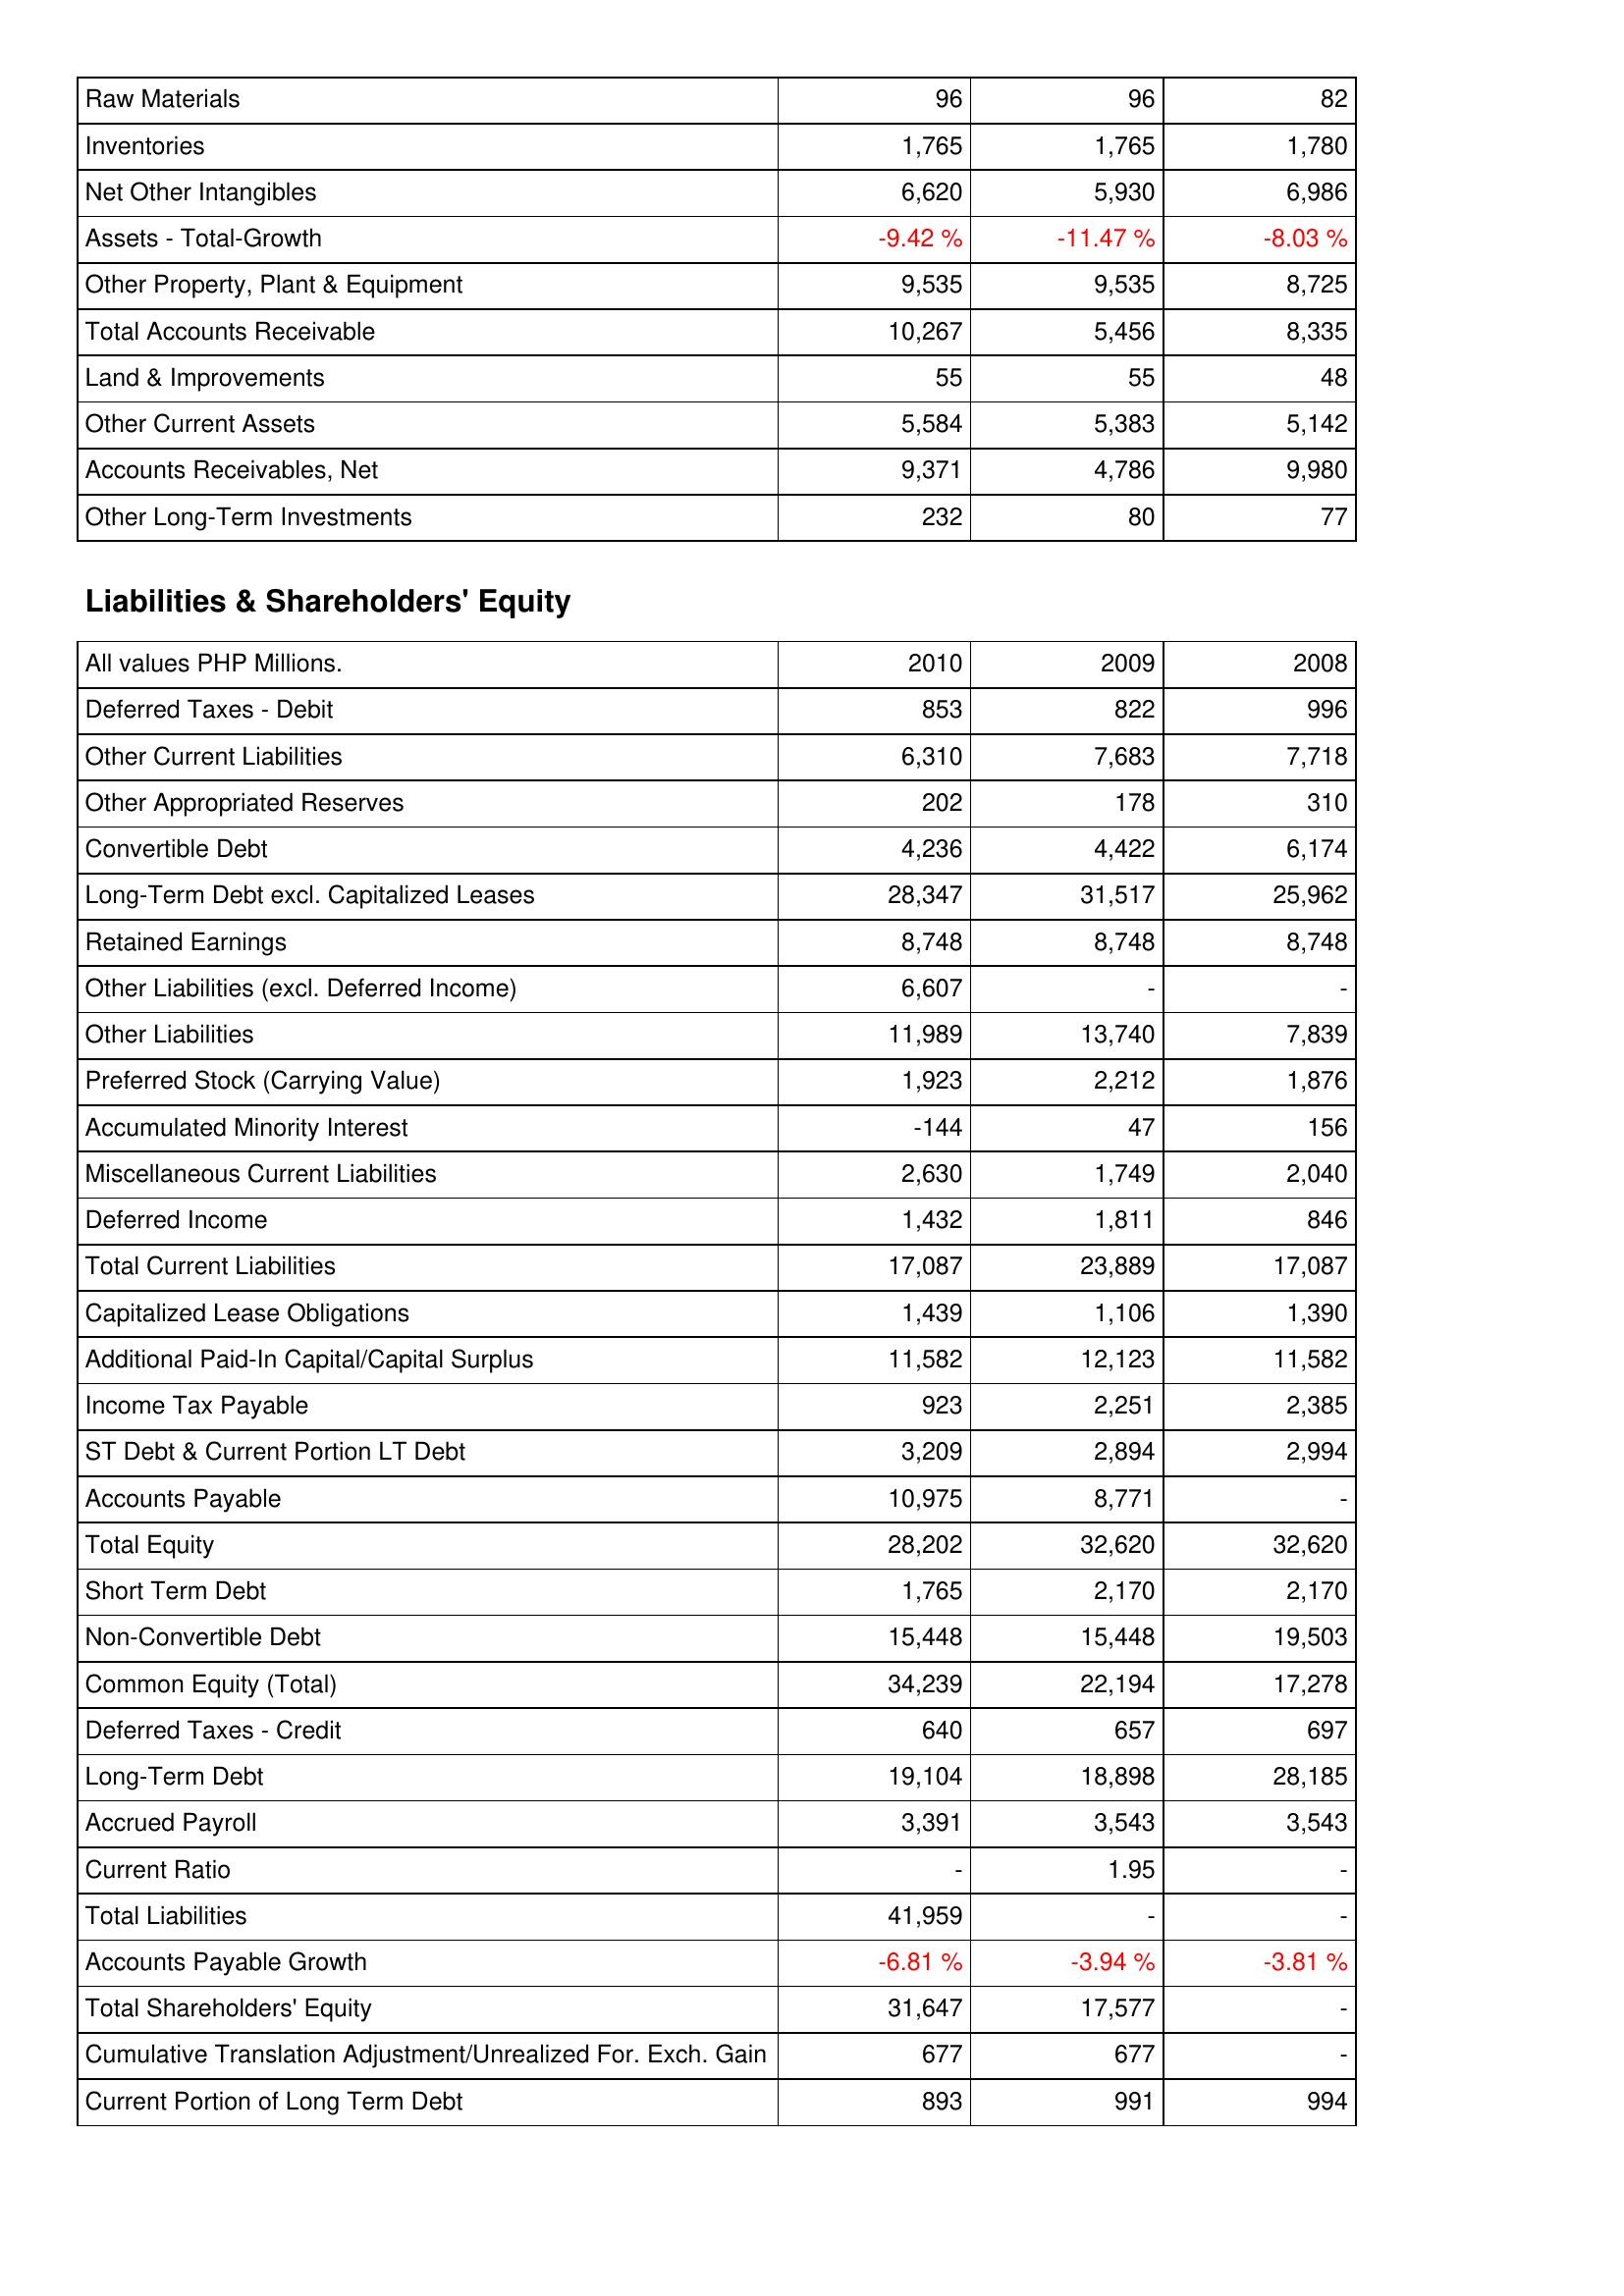
2010: Assets: Raw Materials: 96
Inventories: 1,765
Net Other Intangibles: 6,620
Assets - Total-Growth: -9.42 %
Other Property, Plant & Equipment: 9,535
Total Accounts Receivable: 10,267
Land & Improvements: 55
Other Current Assets: 5,584
Accounts Receivables, Net: 9,371
Other Long-Term Investments: 232
Liabilities & Shareholders' Equity: Deferred Taxes - Debit: 853
Other Current Liabilities: 6,310
Other Appropriated Reserves: 202
Convertible Debt: 4,236
Long-Term Debt excl. Capitalized Leases: 28,347
Retained Earnings: 8,748
Other Liabilities (excl. Deferred Income): 6,607
Other Liabilities: 11,989
Preferred Stock (Carrying Value): 1,923
Accumulated Minority Interest: -144
Miscellaneous Current Liabilities: 2,630
Deferred Income: 1,432
Total Current Liabilities: 17,087
Capitalized Lease Obligations: 1,439
Additional Paid-In Capital/Capital Surplus: 11,582
Income Tax Payable: 923
ST Debt & Current Portion LT Debt: 3,209
Accounts Payable: 10,975
Total Equity: 28,202
Short Term Debt: 1,765
Non-Convertible Debt: 15,448
Common Equity (Total): 34,239
Deferred Taxes - Credit: 640
Long-Term Debt: 19,104
Accrued Payroll: 3,391
Current Ratio: -
Total Liabilities: 41,959
Accounts Payable Growth: -6.81 %
Total Shareholders' Equity: 31,647
Cumulative Translation Adjustment/Unrealized For. Exch. Gain: 677
Current Portion of Long Term Debt: 893
2009: Assets: Raw Materials: 96
Inventories: 1,765
Net Other Intangibles: 5,930
Assets - Total-Growth: -11.47 %
Other Property, Plant & Equipment: 9,535
Total Accounts Receivable: 5,456
Land & Improvements: 55
Other Current Assets: 5,383
Accounts Receivables, Net: 4,786
Other Long-Term Investments: 80
Liabilities & Shareholders' Equity: Deferred Taxes - Debit: 822
Other Current Liabilities: 7,683
Other Appropriated Reserves: 178
Convertible Debt: 4,422
Long-Term Debt excl. Capitalized Leases: 31,517
Retained Earnings: 8,748
Other Liabilities (excl. Deferred Income): -
Other Liabilities: 13,740
Preferred Stock (Carrying Value): 2,212
Accumulated Minority Interest: 47
Miscellaneous Current Liabilities: 1,749
Deferred Income: 1,811
Total Current Liabilities: 23,889
Capitalized Lease Obligations: 1,106
Additional Paid-In Capital/Capital Surplus: 12,123
Income Tax Payable: 2,251
ST Debt & Current Portion LT Debt: 2,894
Accounts Payable: 8,771
Total Equity: 32,620
Short Term Debt: 2,170
Non-Convertible Debt: 15,448
Common Equity (Total): 22,194
Deferred Taxes - Credit: 657
Long-Term Debt: 18,898
Accrued Payroll: 3,543
Current Ratio: 1.95
Total Liabilities: -
Accounts Payable Growth: -3.94 %
Total Shareholders' Equity: 17,577
Cumulative Translation Adjustment/Unrealized For. Exch. Gain: 677
Current Portion of Long Term Debt: 991
2008: Assets: Raw Materials: 82
Inventories: 1,780
Net Other Intangibles: 6,986
Assets - Total-Growth: -8.03 %
Other Property, Plant & Equipment: 8,725
Total Accounts Receivable: 8,335
Land & Improvements: 48
Other Current Assets: 5,142
Accounts Receivables, Net: 9,980
Other Long-Term Investments: 77
Liabilities & Shareholders' Equity: Deferred Taxes - Debit: 996
Other Current Liabilities: 7,718
Other Appropriated Reserves: 310
Convertible Debt: 6,174
Long-Term Debt excl. Capitalized Leases: 25,962
Retained Earnings: 8,748
Other Liabilities (excl. Deferred Income): -
Other Liabilities: 7,839
Preferred Stock (Carrying Value): 1,876
Accumulated Minority Interest: 156
Miscellaneous Current Liabilities: 2,040
Deferred Income: 846
Total Current Liabilities: 17,087
Capitalized Lease Obligations: 1,390
Additional Paid-In Capital/Capital Surplus: 11,582
Income Tax Payable: 2,385
ST Debt & Current Portion LT Debt: 2,994
Accounts Payable: -
Total Equity: 32,620
Short Term Debt: 2,170
Non-Convertible Debt: 19,503
Common Equity (Total): 17,278
Deferred Taxes - Credit: 697
Long-Term Debt: 28,185
Accrued Payroll: 3,543
Current Ratio: -
Total Liabilities: -
Accounts Payable Growth: -3.81 %
Total Shareholders' Equity: -
Cumulative Translation Adjustment/Unrealized For. Exch. Gain: -
Current Portion of Long Term Debt: 994